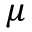
\mu